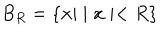
B _ { R } = \left\{ { \bf x } | \mid { \bf x } \mid < R \right\}